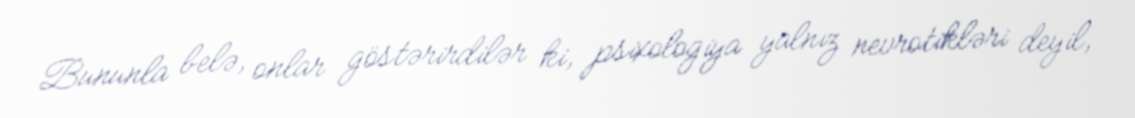
Bununla belə, onlar göstərirdilər ki, psixologiya yalnız nevrotikləri deyil,